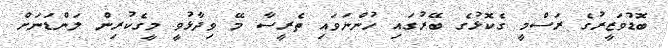
ބޮޑުވަޒީރުގެ ރަސްމީ ގެކޮޅުގެ ބޭރުގައި ހުންނަވައި ތެރީސާ މޭ ވިދާޅުވީ މީގެކުރިން ލަންޑަނަށް